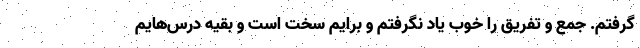
گرفتم. جمع و تفریق را خوب یاد نگرفتم و برایم سخت است و بقیه درس‌هایم